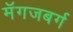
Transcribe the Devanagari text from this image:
मॅगजबर्ग